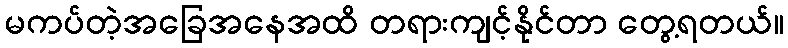
မကပ်တဲ့အခြေအနေအထိ တရားကျင့်နိုင်တာ တွေ့ရတယ်။